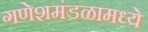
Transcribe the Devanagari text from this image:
गणेशमंडळामध्ये